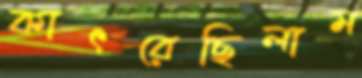
কাৎরেছিলাম